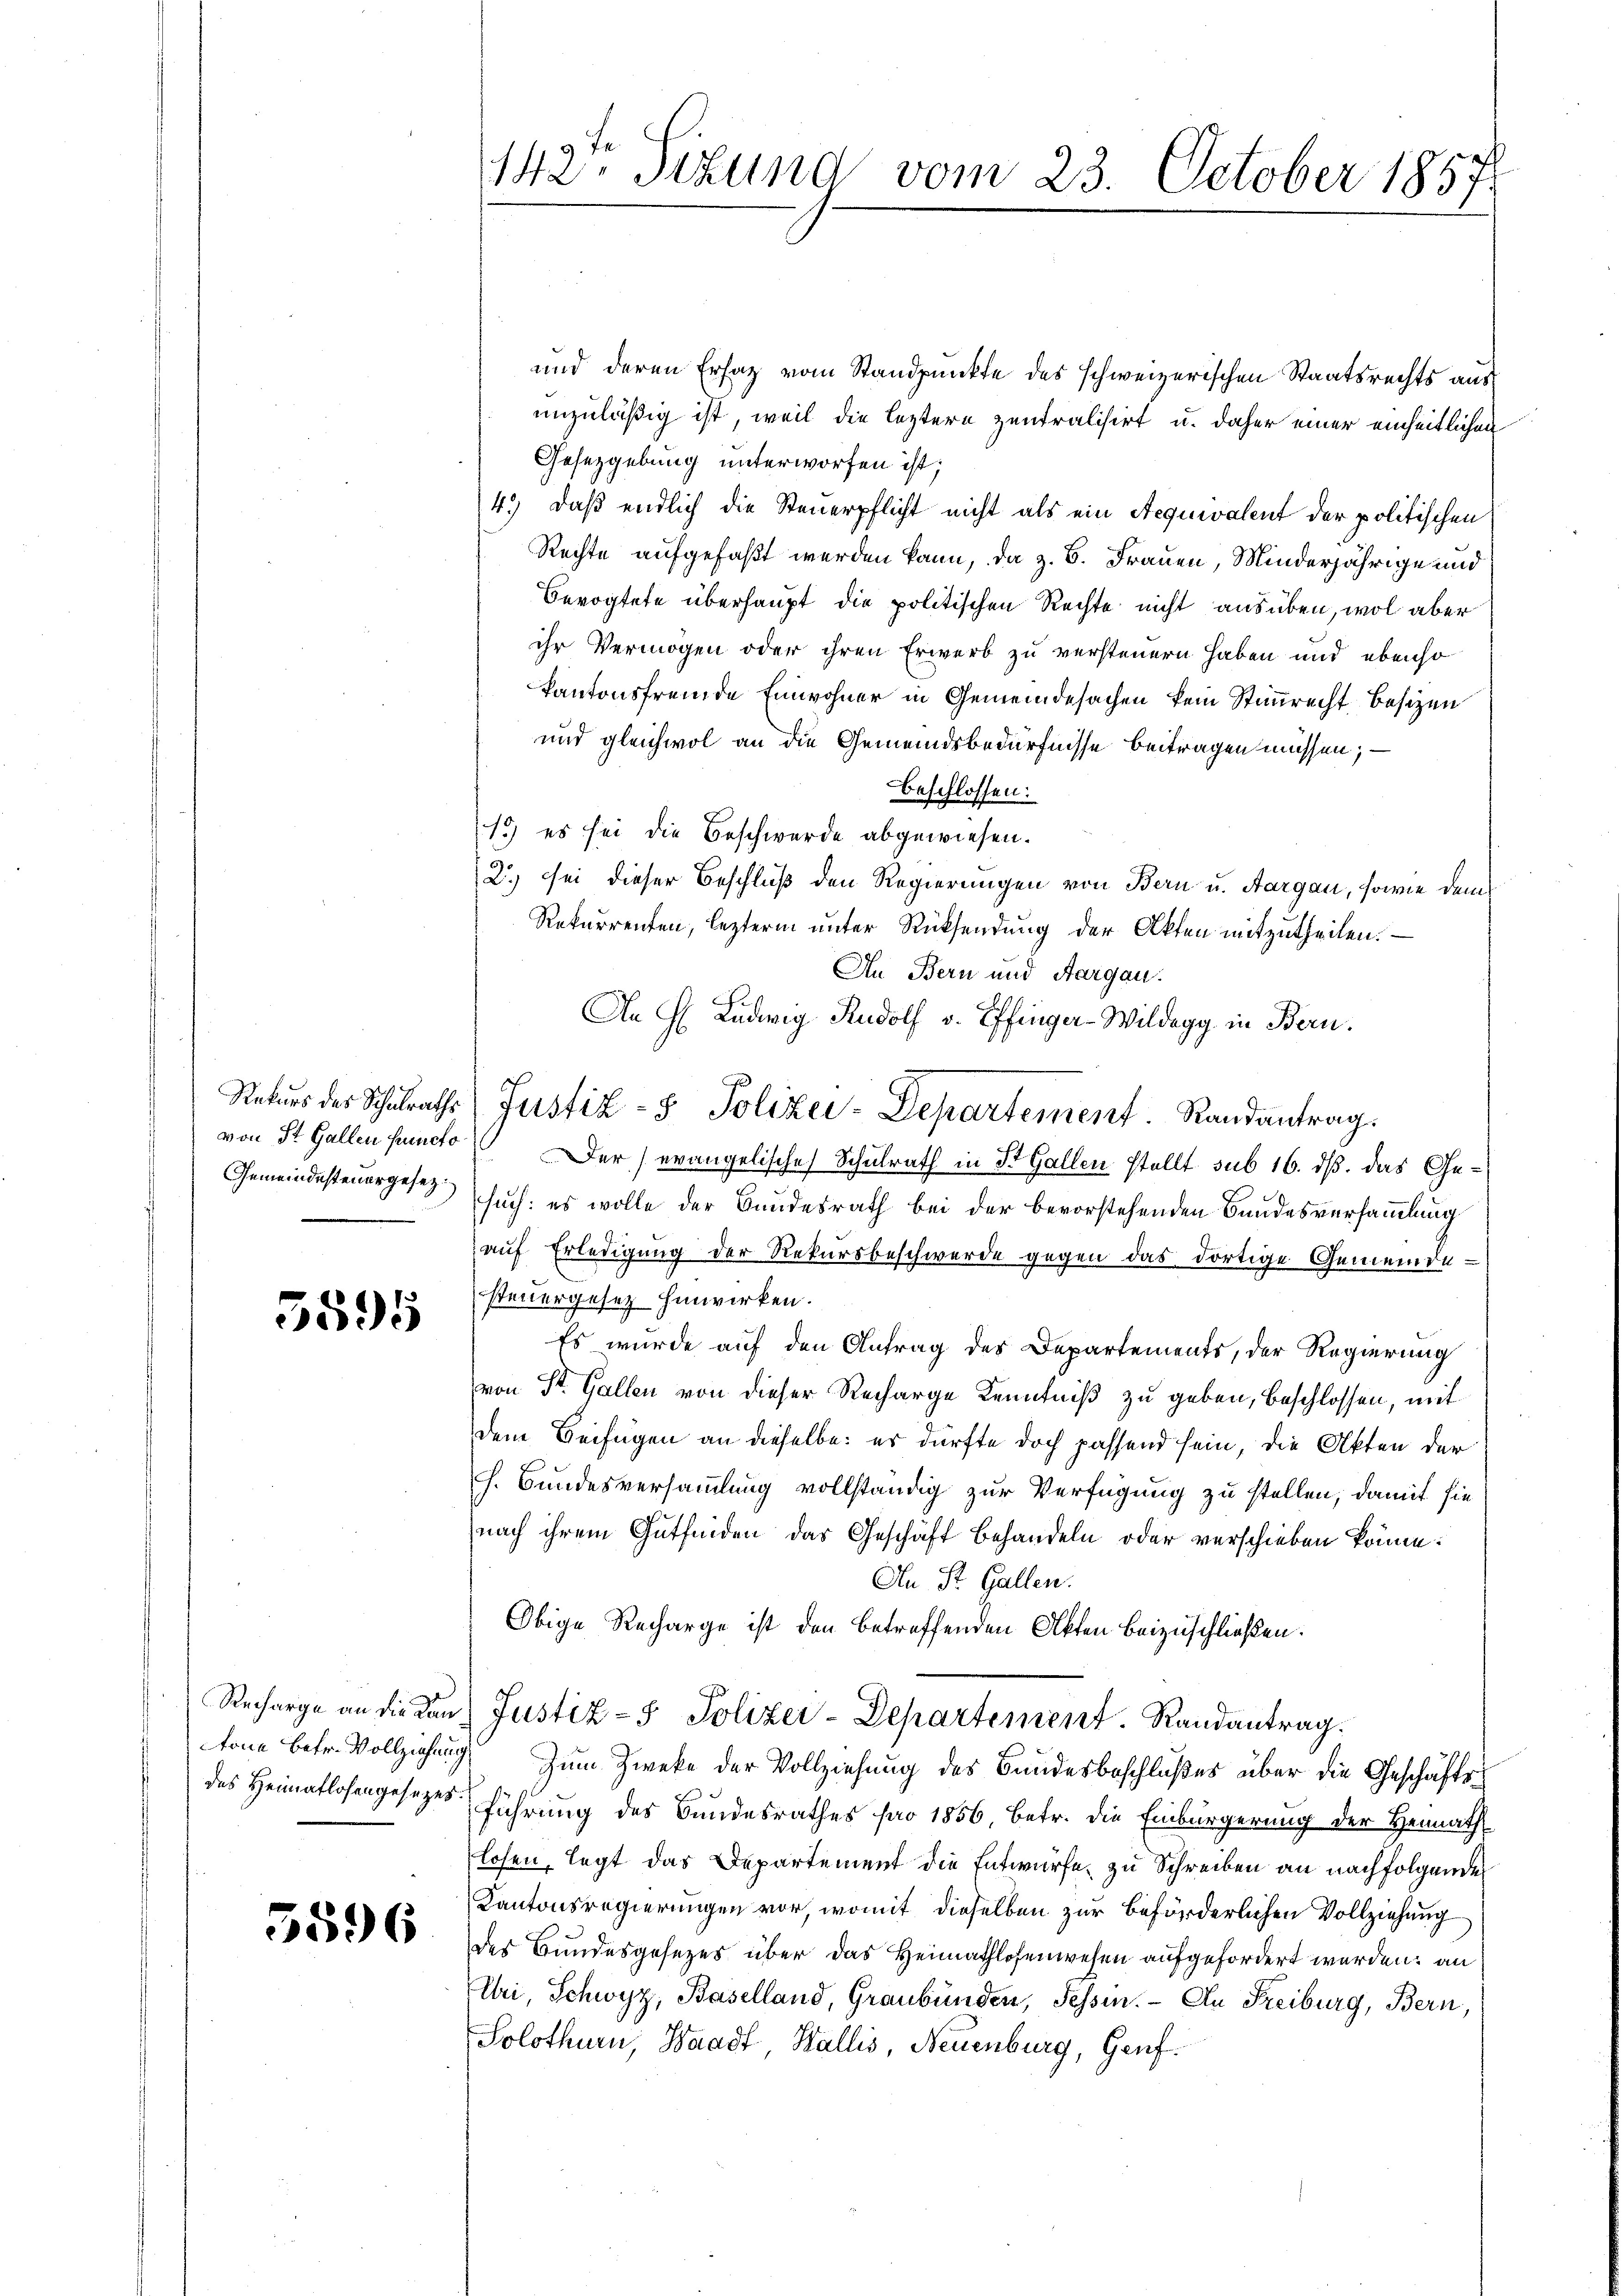
Rekurs des Schulraths
von St. Gallen Puncto
Gemeindesteuergesez

3595

Recharge an die Kankone betr. Vollziehung
des Heimatlosengesezes

5596

142. Sizund vom 23. October 1857

und deren Ersatz vom Standpunkte des schweizerischen Staatsrechts aus
unzuläßig ist, weil die leztere zentralisirt u. daher einer einheitlichen
Gesetzgebung unterworfen ist;
4.) Daß endlich die Steuerpflicht nicht als ein Aequivalent der politischen
Rechte aufgefaßt werden kann, da z. B. Frauen, Minderjährige und
Bevogtete überhaupt die politischen Rechte nicht ausüben, wol aber
ihr Vermögen oder ihren Erwerb zu versteuern haben und ebenso
kantonsfremde Einwohner in Gemeindesachen kein Stimmrecht besizen
und gleichwol an die Gemeindsbedürfnisse beitragen müssen; —
beschlossen:
1) es sei die Beschwerde abgewiesen.
2.) sei dieser Beschluß den Regierungen von Bern u. Aargau, sowie dem
Rekurrenten, lezterm unter Rücksendung der Akten mitzutheilen.
An Bern und Aargau.
An H. Ludwig Rudolf v. Effinger-Wildegg in Bern.
Justiz- & Polizei-Departement. Randantrag:
Der evangelische Schulrath in St. Gallen stellt sub 16. dß das Gesuch: es wolle der Bundesrath bei der bevorstehenden Bundesversammlung
auf Erledigung der Rekursbeschwerde gegen das dortige Gemeinde-
steuergesetz hinwirken.
Es wurde auf den Antrag des Departements, der Regierung
von St. Gallen von dieser Recharge Kenntniß zu geben, beschlossen, mit
dem Beifügen an dieselbe: es dürfte doch passend sein, die Akten der
h. Bundesversammlung vollständig zur Verfügung zu stellen, damit sie
nach ihrem Gutfinden das Geschäft behandeln oder verschieben könne.
An St. Gallen.
Obige Recharge ist den betreffenden Akten beizuschließen.
Justiz- & Polizei-Departement Randantrag.
Zum Zweke der Vollziehung des Bundesbeschlußes über die Geschäftsführung des Bundesrathes pro 1856, betr. die Einbürgerung der Heimath
losen, legt das Departement die Entwürfe, zu Schreiben an nachfolgende
Kantonsregierungen vor, womit dieselben zur Beförderlichen Vollziehung
des Bundesgesezes über das Heimathlosenwesen aufgefordert werden; an
Uri, Schwyz, Baselland, Graubünden, Tessin. - An Freiburg, Bern,
Solothurn, Waadt, Wallis, Neuenburg, Genf.